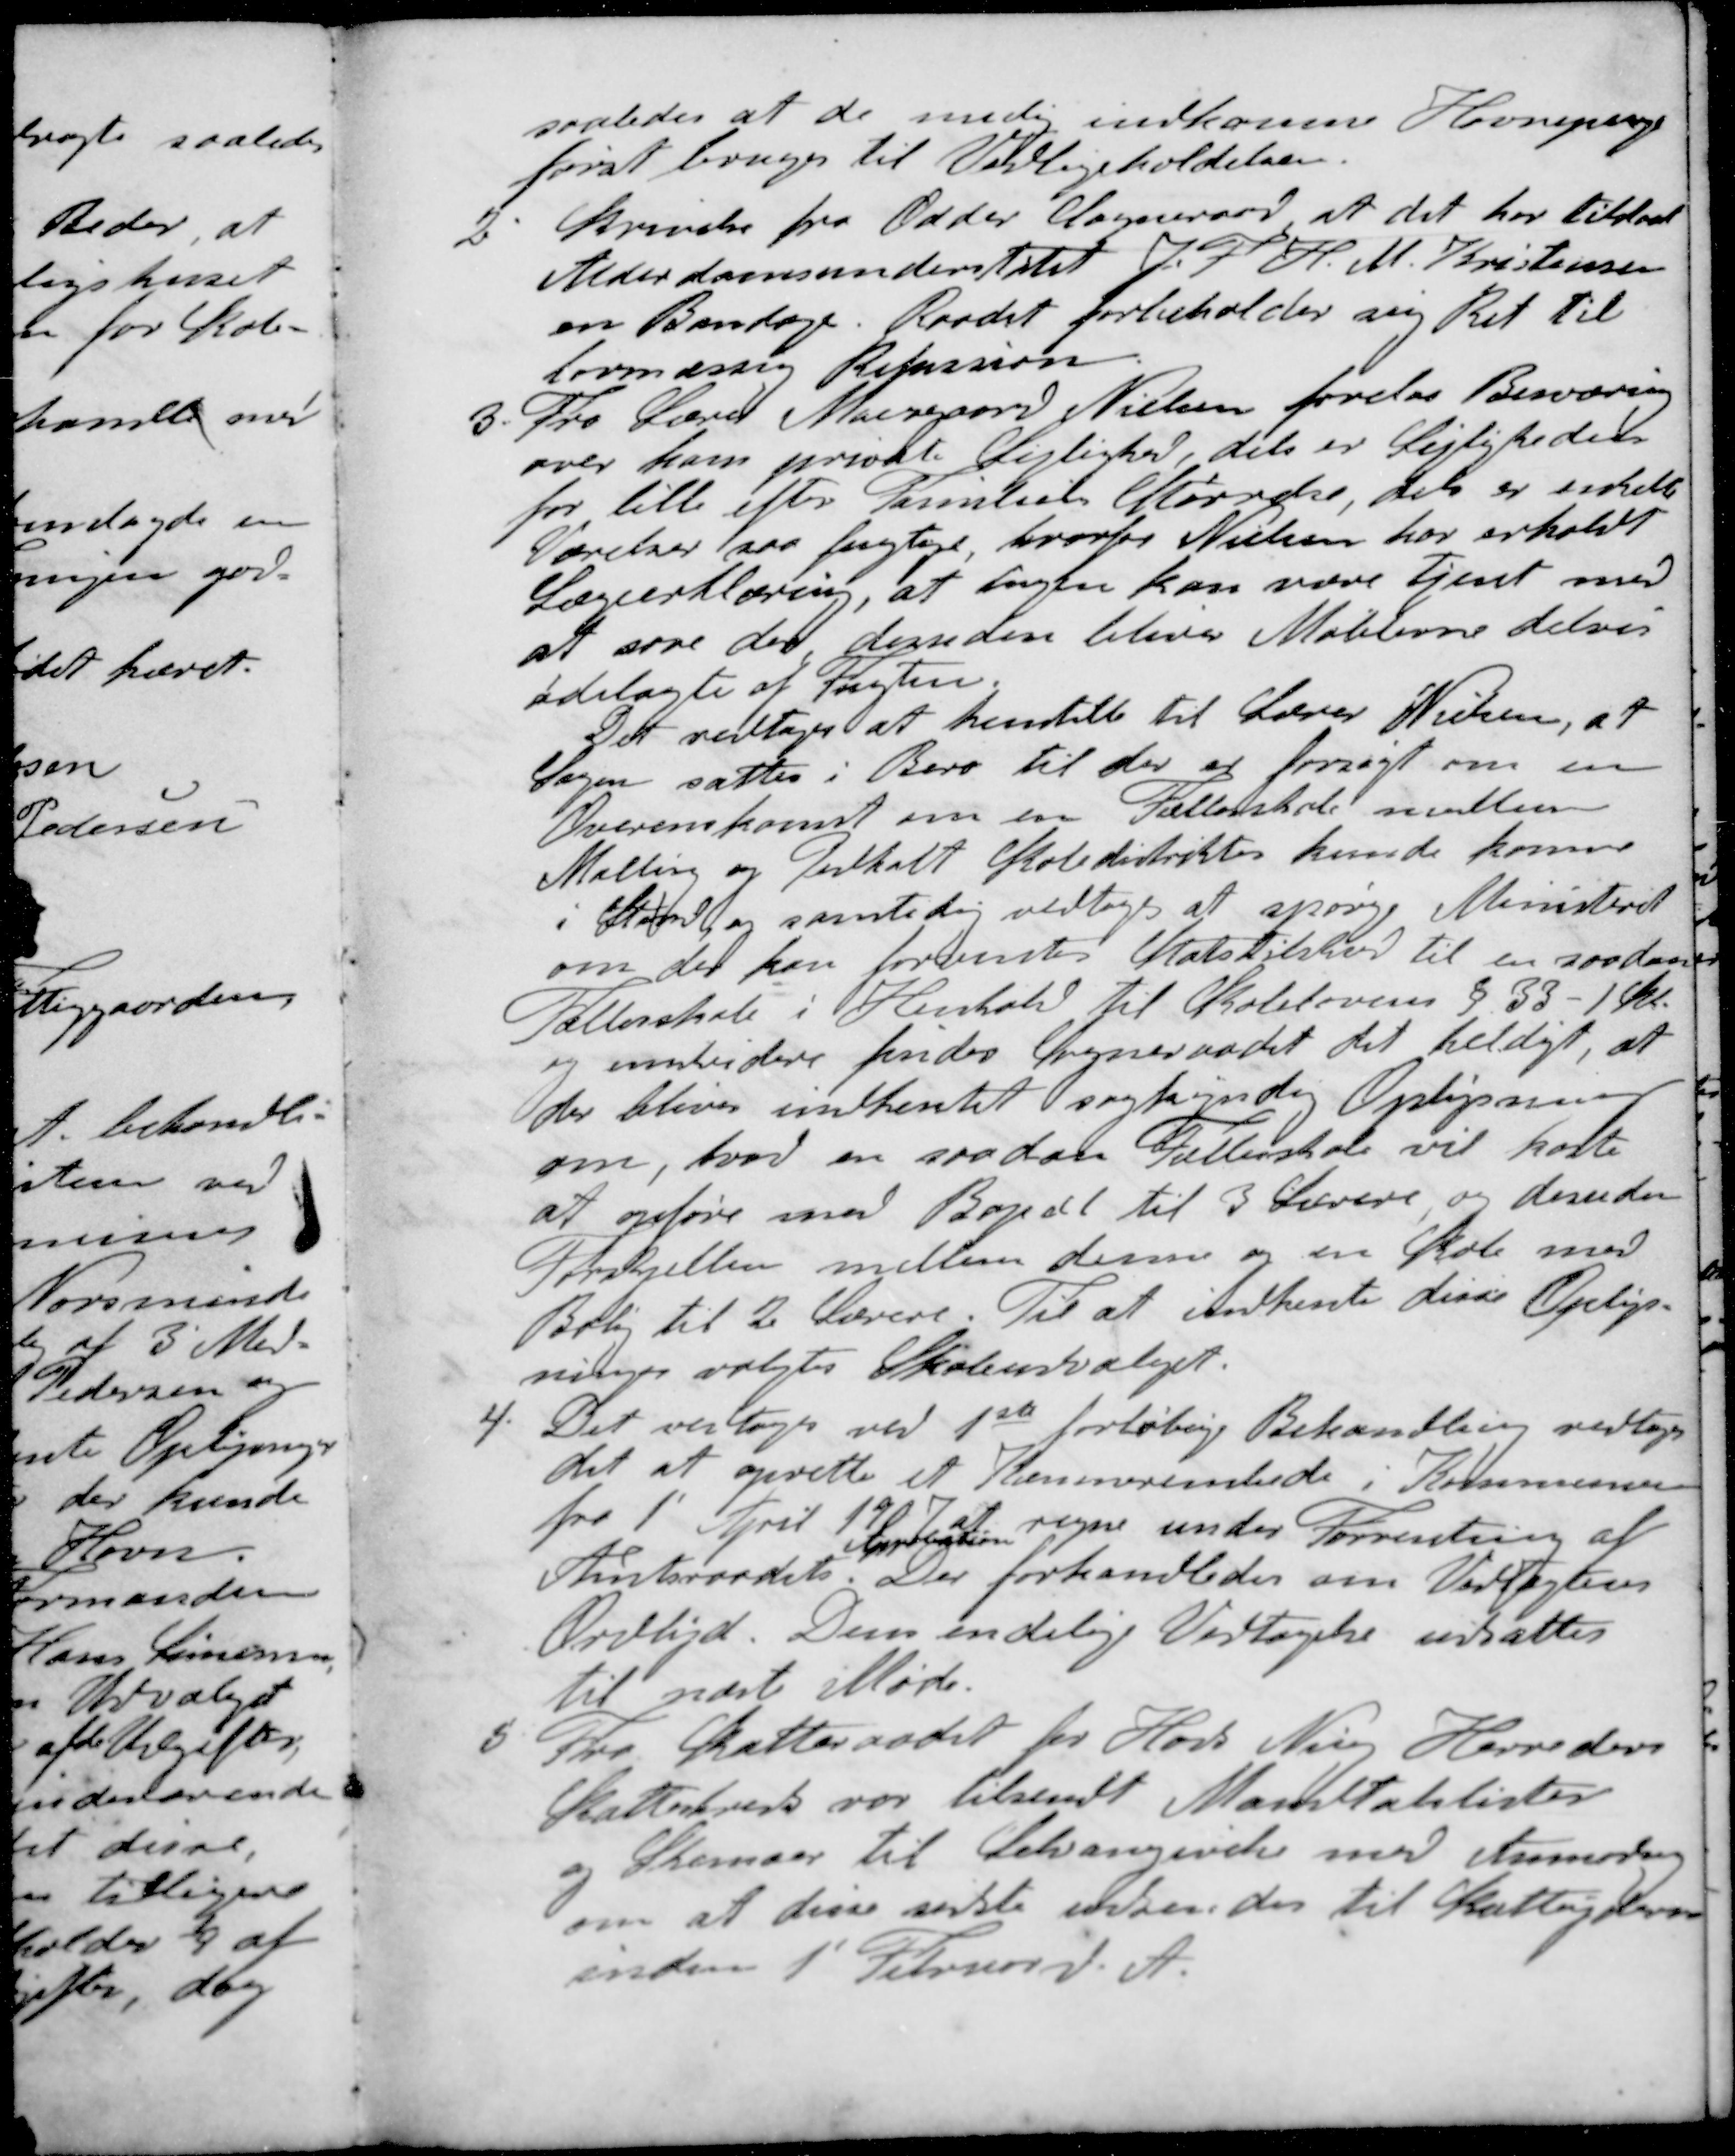
Transskription:
saaledes at de mulig indkomne Havnepenge
først bruges til Vedligeholdelsen.
2. Skrivelse fra Odder Sogneraad at det har tilstaaet
Alderdomsunderstøttet J. F. H. M. Kristensen
en Bandage. Raadet forbeholder sig Ret til
Lovmæssig Refussion.
3. Fra Lærer Moesgaard Nielsen forelaa Besværing
over hans private Lejlighed, dels er Lejligheden
for lille efter Familiens Størrelse, dels er enkelte
Værelser saa fugtige hvorfor Nielsen har erholdt
Lægeerklæring, at ingen kan være tjent med
at sove der desuden bliver Møblerne delvis
ødelagte at Fugten
Det vedtoges at henstille til Lærer Nielsen, at
Sagen sættes i Bero til der er forsøgt om en
Overenskomst om en Fælleskole medlem
Malling og Pedholt Skoledistrikter kunde komme
i Stand og samtidig vedtoges at spørge Ministeriet
om der kan forventes Statstilskud til en saadant
Fællerskole i Henhold til Skolelovens § 33 - 1 Stk
og endvidere finder Sogneraadet det heldigt, at
der bliver indhentet sagkyndig Oplysning
om, hvad en saadan Fællerskole vil koste
at opføre med Bopæl til 3 Lærere og desuden
Forskjellen mellem denne og en Skole med
Bolig til 2 Lærere. Til at indhente disse Oplys-
ninger valgtes Skoleudvalget.
4. Det vedtoges ved 1ste forløbige Behandling vedtoges
det at oprette et Kæmnerembede i Kommunen
fra 1' April 1907 at regne under Forventning af 
Approbation
Amtsraadets. Der forhandledes om Vedtægtens
Ordlyd Den endelige Vedtagelse udsættes
til næste Møde.
5 Fra Skatteraadet for Hads Ning Herreders
Skattekreds var tilsendt Mandtalslister
og Skemaer til Selvangivelse med Anmodning
om at disse sidste udsendes til Skatteyderen
inden 1' Februar d. A.